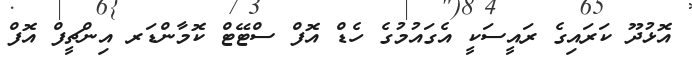
އޮޅުދޫ ކަރައިގެ ރައީސަކީ އެގައުމުގެ ހެޑް އޮފް ސްޓޭޓް ކޮމާންޑަރ އިންޗީފް އޮފް